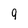
Character: g